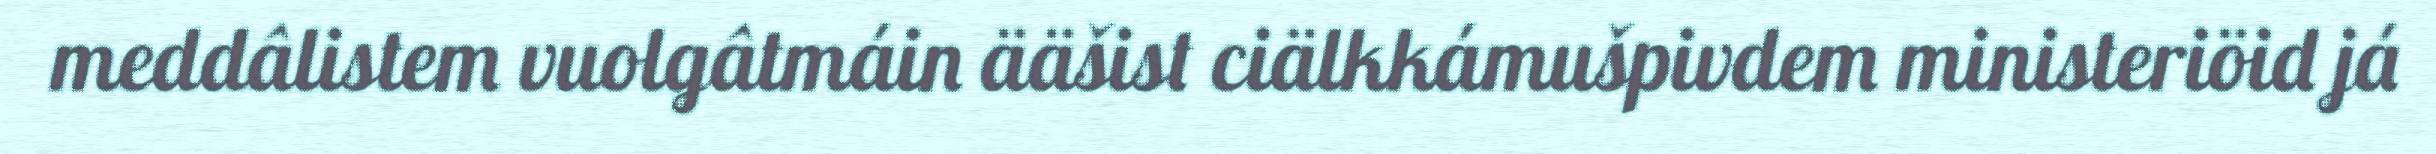
meddâlistem vuolgâtmáin ääšist ciälkkámušpivdem ministeriöid já